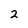
Character: 2